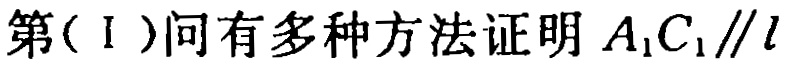
第（I）问有多种方法证明 \(A_{1}C_{1}\parallel l\)